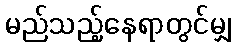
မည်သည့်နေရာတွင်မျှ